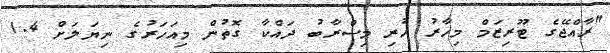
"ރާއްޖޭގެ ޓޫރިޒަމް މިހާރު ހުރި މިސްރާބު ދައްކާ ގޮތުން މިއަހަރުގެ ނިޔަލަށް 1.4